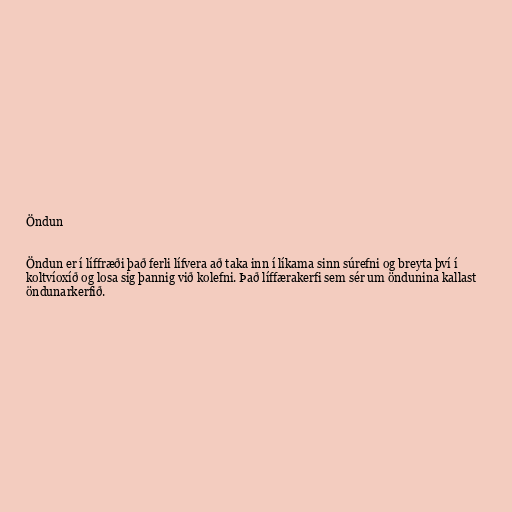
Öndun

Öndun er í líffræði það ferli lífvera að taka inn í líkama sinn súrefni og breyta því í
koltvíoxíð og losa sig þannig við kolefni. Það líffærakerfi sem sér um öndunina kallast
öndunarkerfið.